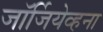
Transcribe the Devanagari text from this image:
जॉर्जियेव्हना